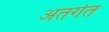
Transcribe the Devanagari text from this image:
अंतर्गत